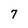
Character: 7